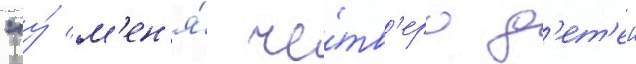
"у́ м'ен'я́ че́тв'еро д'ет'еи